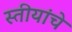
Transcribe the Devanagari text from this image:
स्तीयांचे